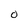
Character: O